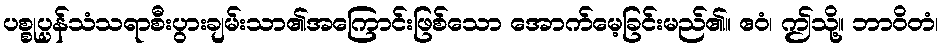
ပစ္စုပ္ပန်သံသရာစီးပွားချမ်းသာ၏အကြောင်းဖြစ်သော အောက်မေ့ခြင်းမည်၏။ ဧဝံ၊ ဤသို့။ ဘာဝိတံ၊